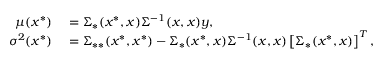
\begin{array} { r l } { \mu ( x ^ { * } ) } & { { } = \Sigma _ { * } ( x ^ { * } , \boldsymbol { x } ) \Sigma ^ { - 1 } ( \boldsymbol { x } , \boldsymbol { x } ) \boldsymbol { y } , } \\ { \sigma ^ { 2 } ( x ^ { * } ) } & { { } = \Sigma _ { * * } ( x ^ { * } , x ^ { * } ) - \Sigma _ { * } ( x ^ { * } , \boldsymbol { x } ) \Sigma ^ { - 1 } ( \boldsymbol { x } , \boldsymbol { x } ) \left[ \Sigma _ { * } ( x ^ { * } , \boldsymbol { x } ) \right] ^ { T } , } \end{array}